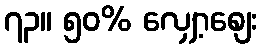
၇၃။ ၅၀% လျှော့စျေး